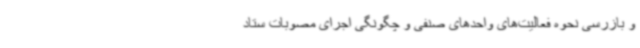
و بازرسی نحوه فعالیت‌های واحدهای صنفی و چگونگی اجرای مصوبات ستاد